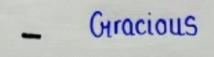
-        Giracious